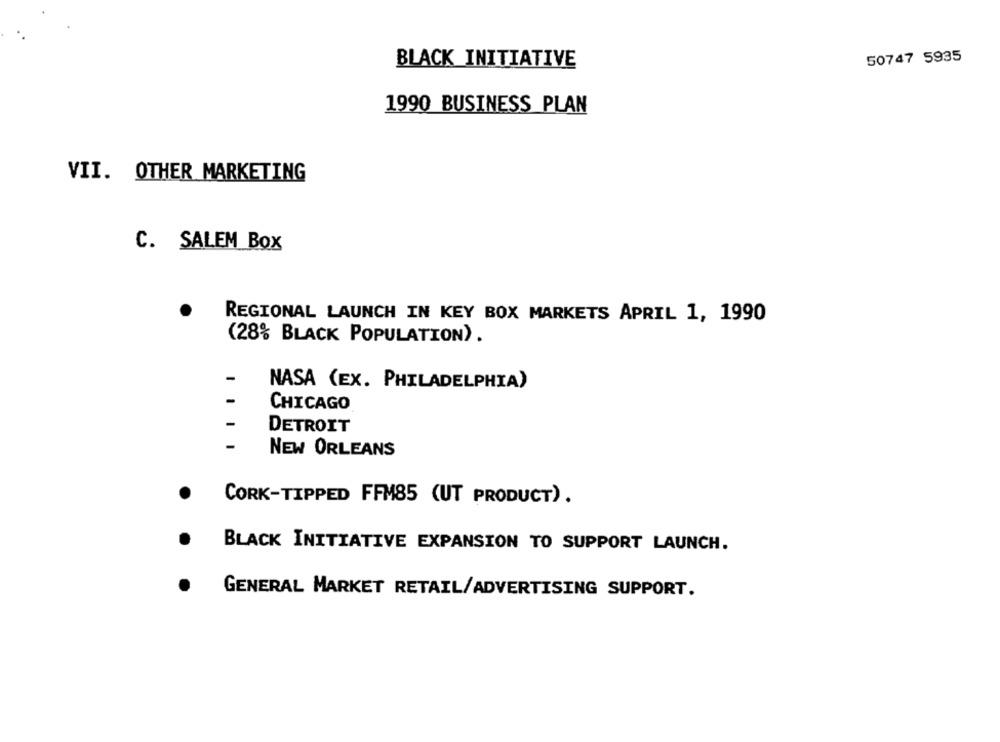
50747 5935
BLACK INITIATIVE
1990 BUSINESS PLAN
VII. OTHER MARKETING
C. SALEM Box
REGIONAL LAUNCH IN KEY BOX MARKETS APRIL 1, 1990
(28% BLACK POPULATION) .
-
NASA (EX. PHILADELPHIA)
CHICAGO
DETROIT
NEW ORLEANS
CORK-TIPPED FFM85 (UT PRODUCT).
BLACK INITIATIVE EXPANSION TO SUPPORT LAUNCH.
GENERAL MARKET RETAIL/ADVERTISING SUPPORT.